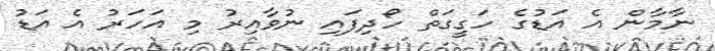
ނާމާން އެ އަޑުގެ ހަގީގަތް ހޯދިފައި ނުވާއިރު މި އަހަރު އެ އަޑު